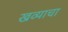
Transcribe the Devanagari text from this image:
खव्याचा